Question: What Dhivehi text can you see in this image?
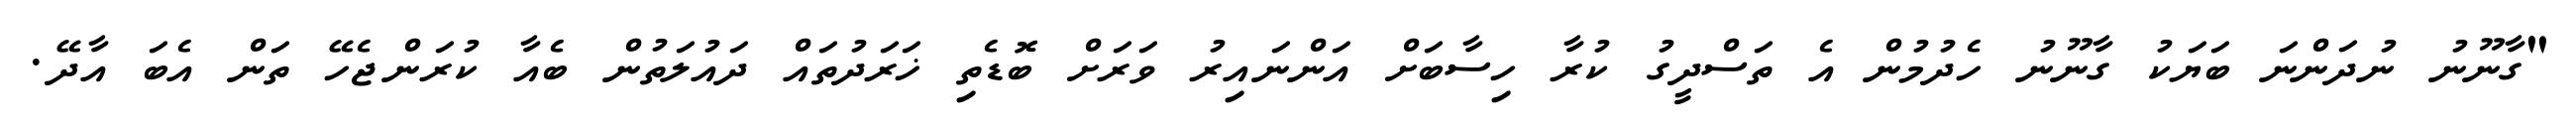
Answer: "ގާނޫނު ނުދަންނަ ބަޔަކު ގާނޫނު ހެދުމުން އެ ތަސްދީގު ކުރާ ހިސާބަށް އަންނައިރު ވަރަށް ބޮޑެތި ޚަރަދުތައް ދައުލަތުން ބެއާ ކުރަންޖެހޭ ތަން އެބަ އާދޭ.